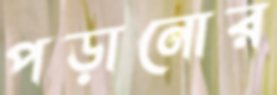
পড়ানোর